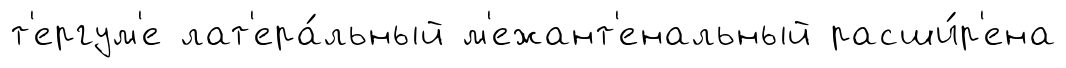
т'ергум'е лат'ера́льный м'ежант'енальный расши́р'ена